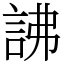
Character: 䛍